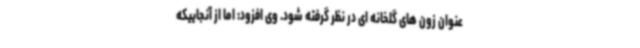
عنوان زون های گلخانه ای در نظر گرفته شود. وی افزود: اما از آنجاییکه